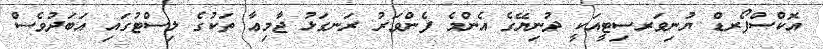
އޮކްސްފޯރޑް ޔުނިވަރސިޓީއަކީ ދުނިޔޭގެ އެންމެ ފެންވަރު ރަނގަޅު ޖާމިޢާ ތަކުގެ ލިސްޓުގައި އަބަދުވެސް